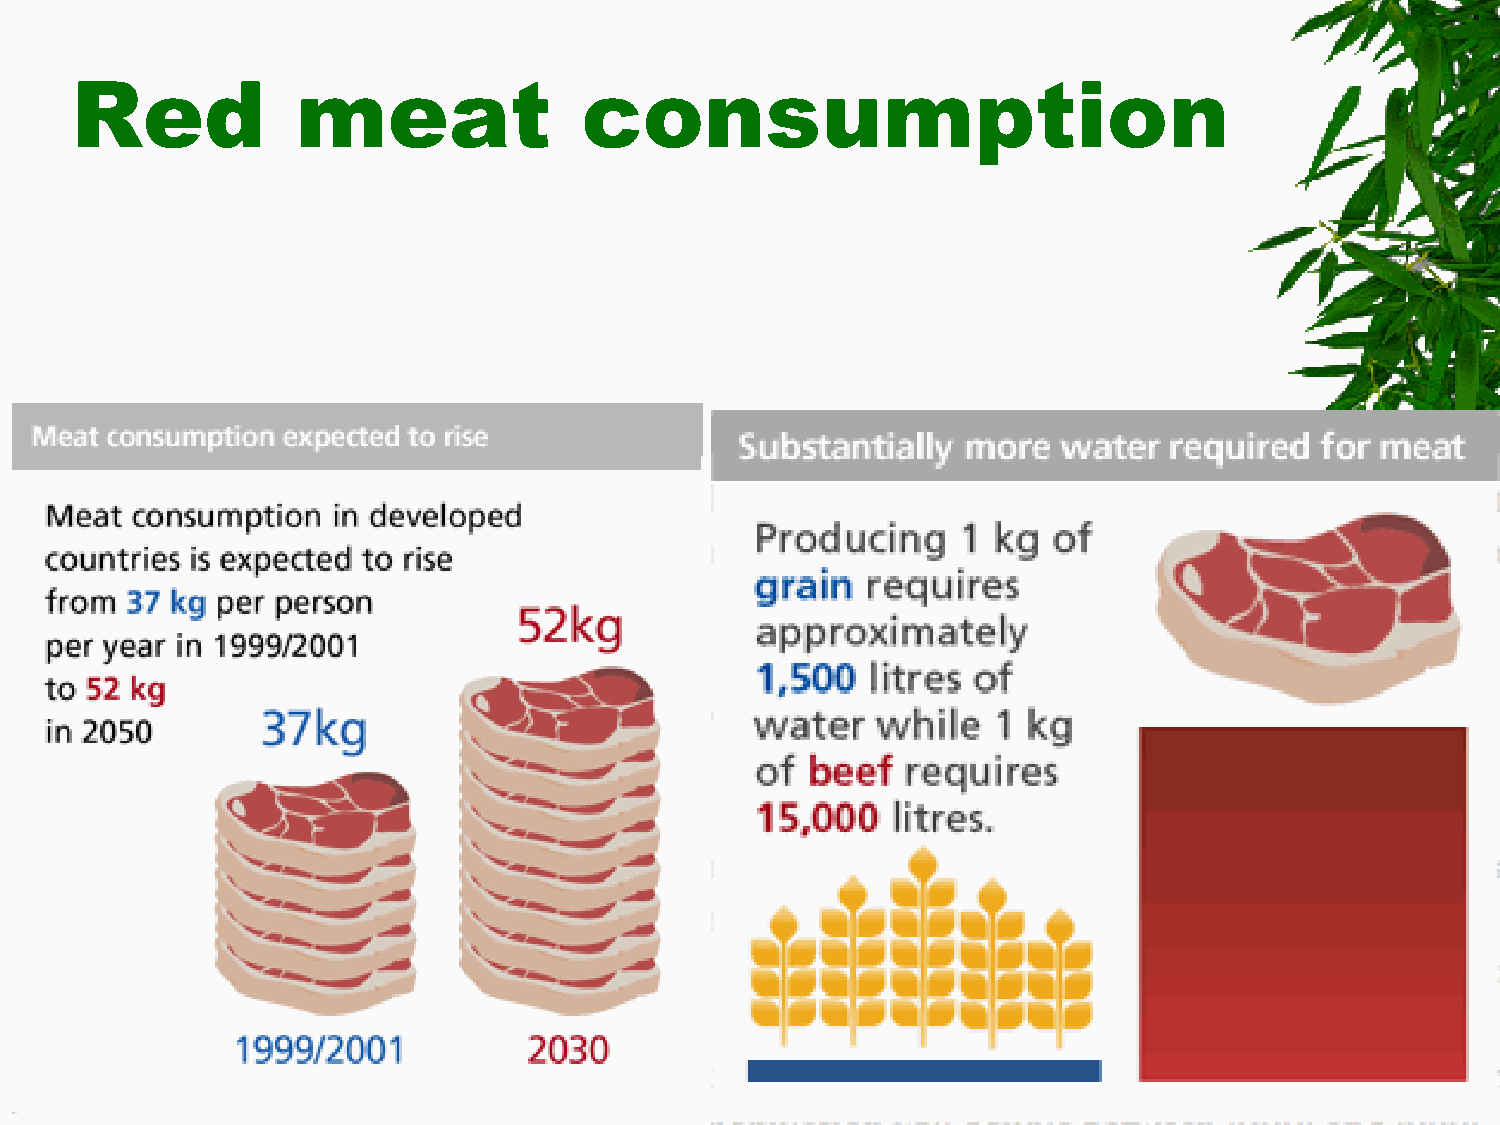
Red            meat              consumption